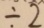
\div 2